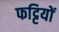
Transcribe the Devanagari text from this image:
फट्टियों